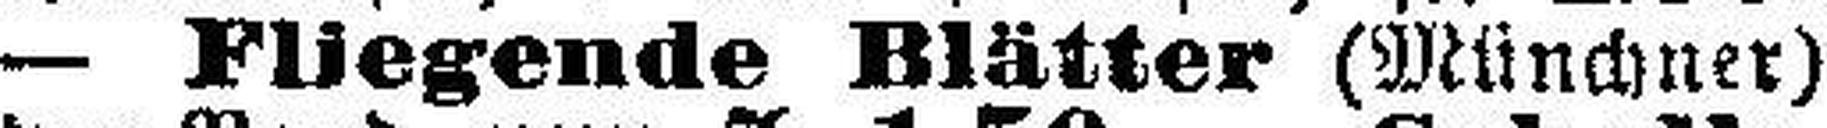
— Fliegende Blätter (Münchner)